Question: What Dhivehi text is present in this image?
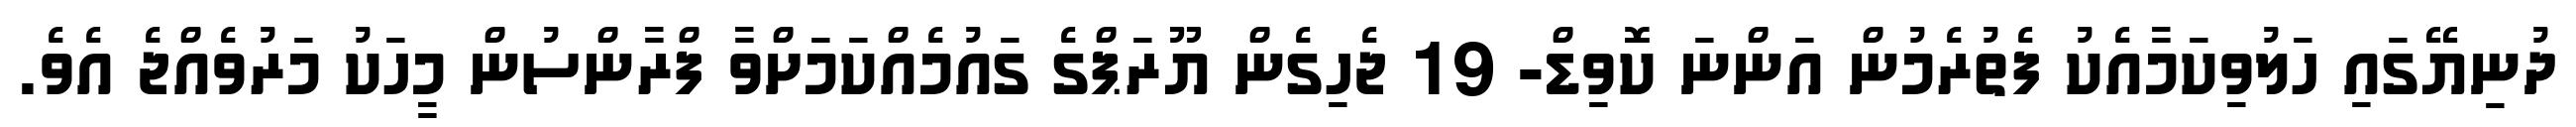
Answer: ދުނިޔޭގައި ހަލުވިކަމާއެކު ފެތުރެމުން އަންނަ ކޮވިޑް- 19 ޖެހިގެން ޔޫރަޕްގެ ގައުމެއްކަމަށްވާ ފްރާންސުން މީހަކު މަރުވެއްޖެ އެވެ.